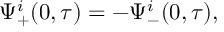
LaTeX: \Psi _ { + } ^ { i } ( 0 , \tau ) = - \Psi _ { - } ^ { i } ( 0 , \tau ) ,